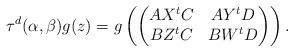
LaTeX: \begin{align*}\tau^d(\alpha, \beta)g(z) = g\left(\begin{pmatrix}AX{ }^tC & A Y { }^tD\\BZ{ }^tC & BW{ }^tD\end{pmatrix}\right).\end{align*}